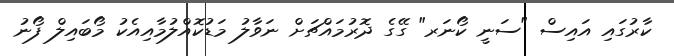
ކާރުގައި އައިސް "ސަނީ ކޯނަރ" ގޭގެ ދޮރުމައްޗަށް ނަވާލު މަޑުކޮއްލުމާއިއެކު މޯބައިލް ފޯނު